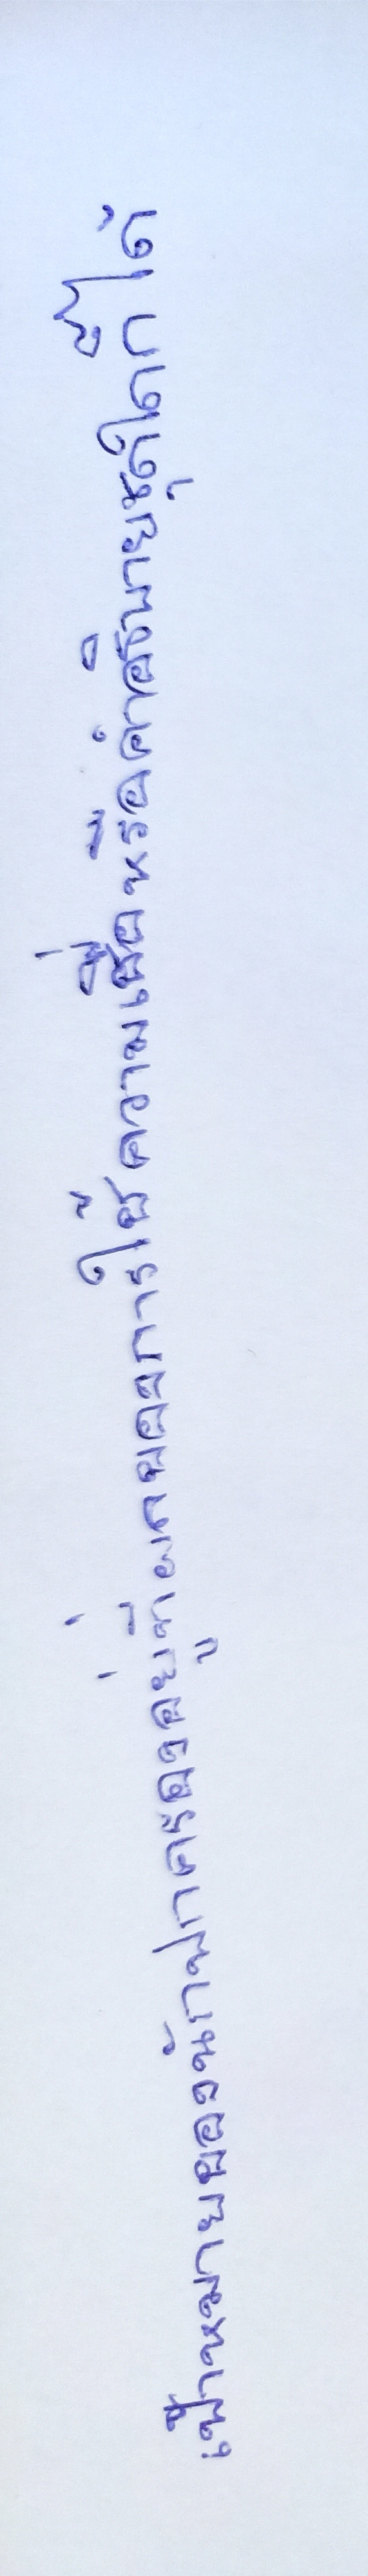
เป้าหมายของนักปกครองอยู่ที่ผลของการใช้ความเชื่อหรือคำอธิบายชุดใดก็ได้